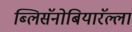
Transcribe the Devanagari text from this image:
ब्लिसॅनोबियारॅल्ला